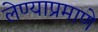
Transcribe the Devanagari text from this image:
लेण्याप्रमाणे